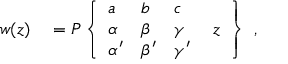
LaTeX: { \begin{array} { r l } { w ( z ) } & { { } = P \left\{ { \begin{array} { l l l l } { a } & { b } & { c } & { } \\ { \alpha } & { \beta } & { \gamma } & { \; z } \\ { \alpha ^ { \prime } } & { \beta ^ { \prime } } & { \gamma ^ { \prime } } & { } \end{array} } \right\} } \end{array} } ,